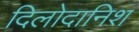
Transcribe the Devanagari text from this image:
दिलोदानिश